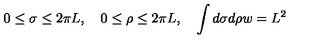
0 \le \sigma \le 2 \pi L , \quad 0 \le \rho \le 2 \pi L , \quad \int d \sigma d \rho w = L ^ { 2 }